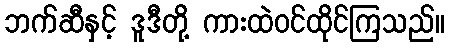
ဘက်ဆီနှင့် ဒူဒီတို့ ကားထဲဝင်ထိုင်ကြသည်။